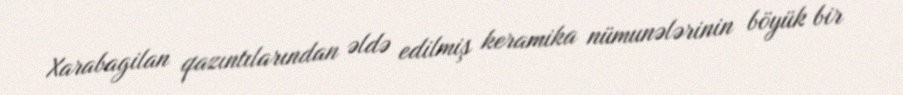
Xarabagilan qazıntılarından əldə edilmiş keramika nümunələrinin böyük bir